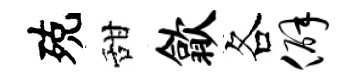
殑甜歙各僻